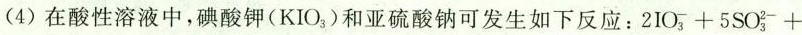
(4)在酸性溶液中，碘酸钾(KIO_{3})和亚硫酸钠可发生如下反应：$$2 I O _ { 3 } ^ { - } + 5 S O _ { 3 } ^ { 2 } +